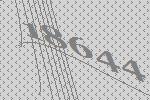
18644